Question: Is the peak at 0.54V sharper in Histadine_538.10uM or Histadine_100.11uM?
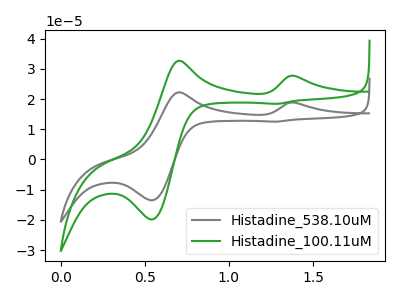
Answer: <think>The gray curve "Histadine_538.10uM" has anodic peaks at (1.40V, 18.80uA) (0.70V, 22.25uA) and cathodic peaks at (0.55V, -13.50uA) (1.30V, 12.55uA). The green curve "Histadine_100.11uM" has anodic peaks at (1.40V, 27.65uA) (0.70V, 32.65uA) and cathodic peaks at (0.55V, -19.85uA) (1.30V, 18.45uA).</think>
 <answer>The peak at 0.54V is lower in "Histadine_538.10uM" than in "Histadine_100.11uM".</answer>
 <eval>lower</eval>